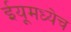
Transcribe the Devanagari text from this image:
ईयूमध्येच